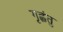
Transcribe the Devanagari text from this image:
गृह्णंतु